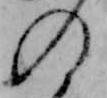
の